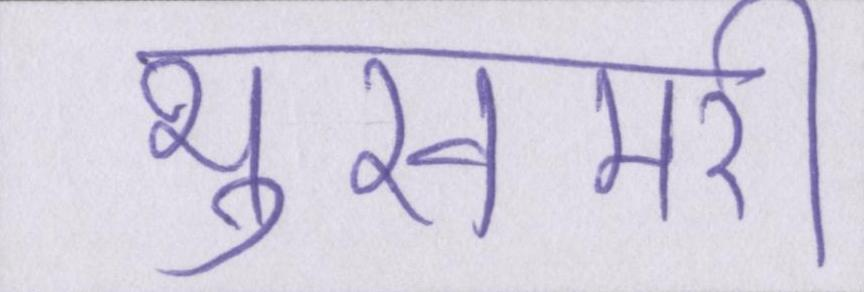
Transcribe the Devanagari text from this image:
भुखमरी